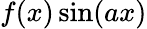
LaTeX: f(x)\sin(ax)